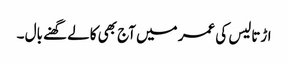
اڑتالیس کی عمر میں آج بھی کالے گھنے بال ۔